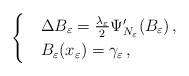
LaTeX: \begin{align*}\begin{cases}&\Delta B_{\varepsilon}=\frac{\lambda_\varepsilon}{2} \Psi'_{N_\varepsilon}(B_\varepsilon)\,,\\&B_\varepsilon(x_\varepsilon)=\gamma_\varepsilon\,,\end{cases}\end{align*}